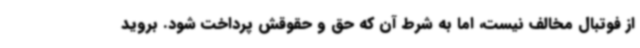
از فوتبال مخالف نیست، اما به شرط آن که حق و حقوقش پرداخت شود. بروید